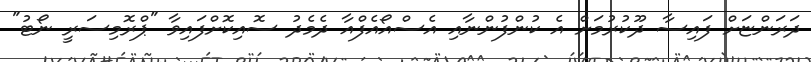
ދަރަންޏަށް ފައިސާ ދޫކުރުމަށް އެ ކުންފުންނާއި އެސްއޯއެފްއާ ދެމެދު ސޮއިކޮށްފައިވާ "ޕްރޮމިސަރީ ނޯޓު"